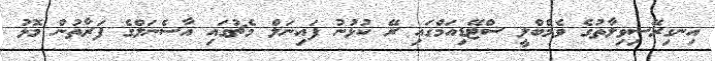
އިނގިރޭސިވިލާތުގެ ވެމްބްލީ ސްޓޭޑިއަމްގައި ރޭ ކުޅުނު ފައިނަލް މެޗުގައި އާސެނަލްގެ ފަރާތުން މޮޅު